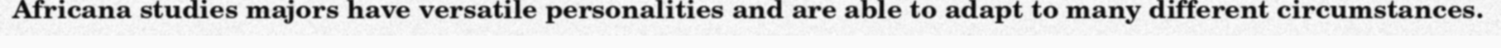
Africana studies majors have versatile personalities and are able to adapt to many different circumstances.